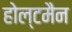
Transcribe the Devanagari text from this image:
होल्टमैन